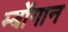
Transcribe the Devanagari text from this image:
म्बोंगान